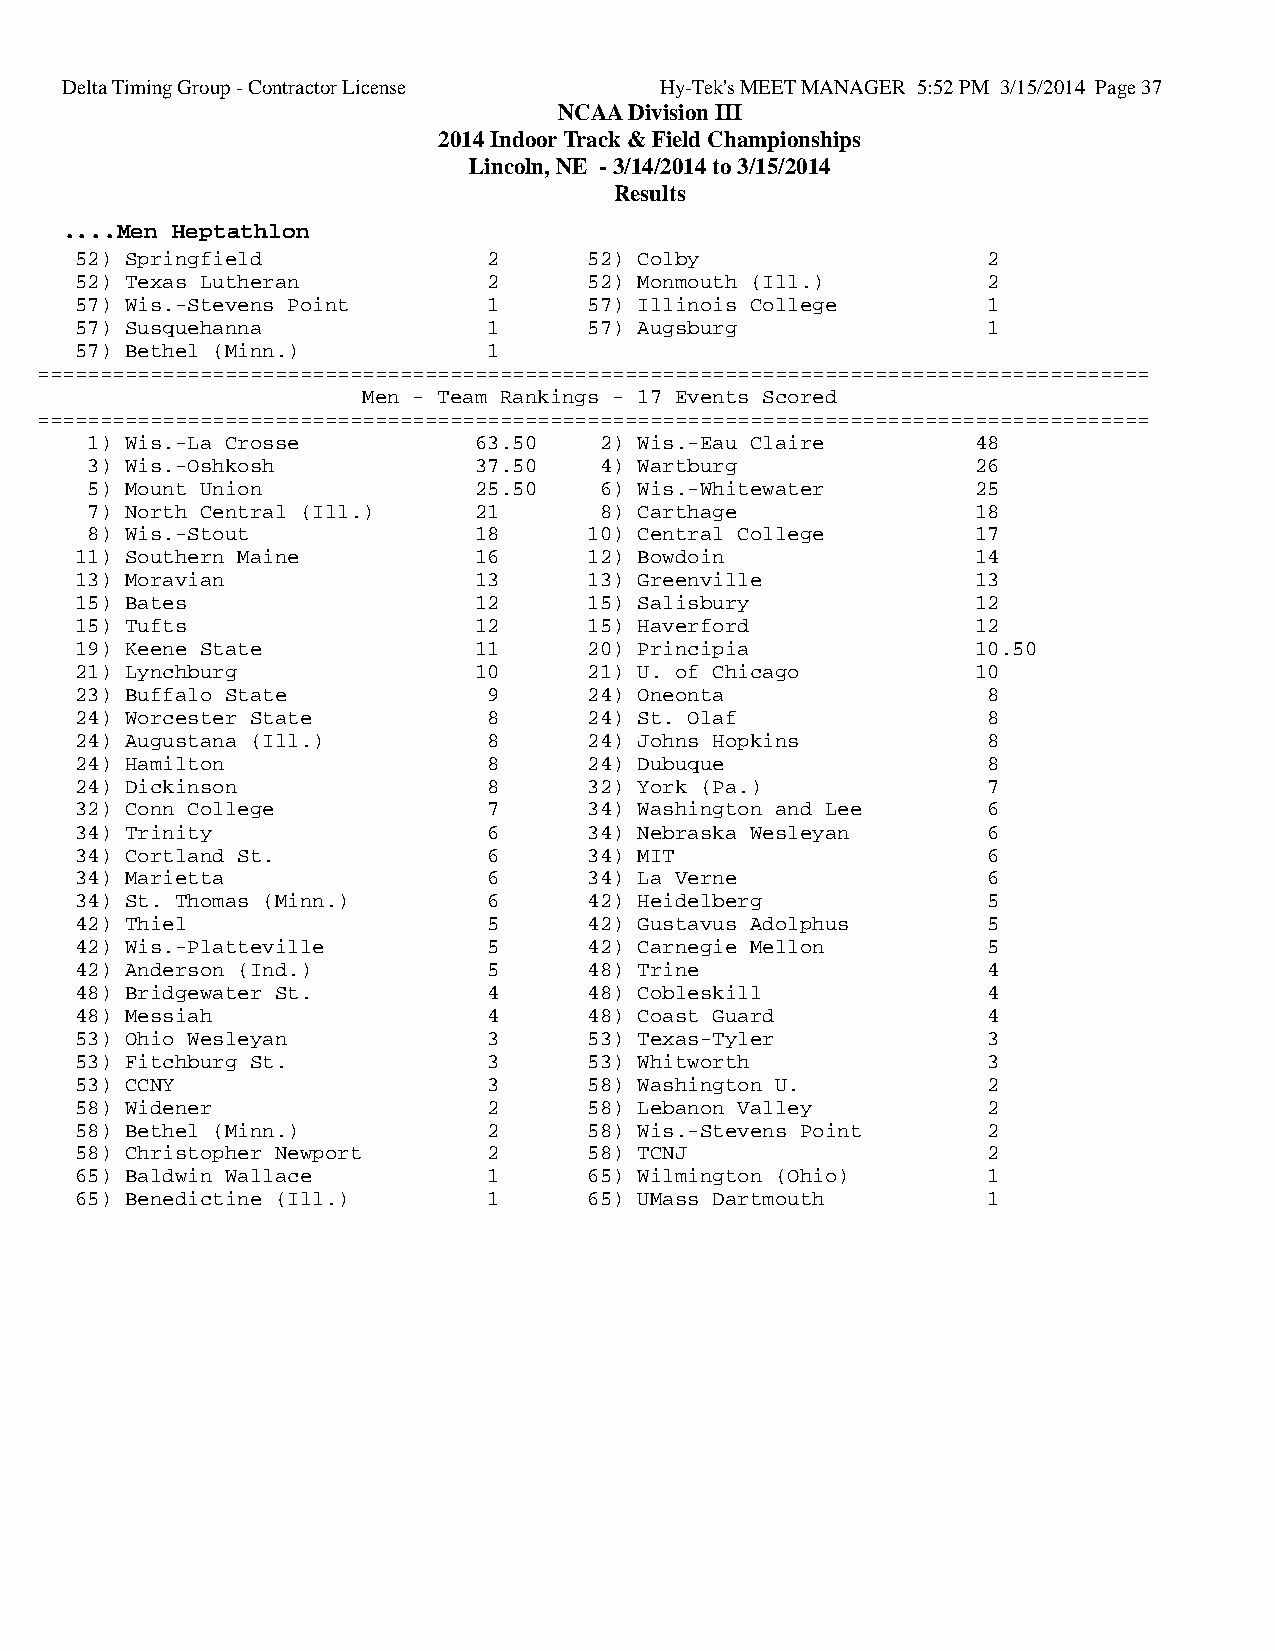
Delta Timing Group - Contractor License Hy-Tek's MEET MANAGER 5:52 PM 3/15/2014 Page 37
 NCAA Division III
 2014 Indoor Track & Field Championships
 Lincoln, NE - 3/14/2014 to 3/15/2014
 Results
 ....Men Heptathlon
 52) Springfield            2      52) Colby                 2
 52) Texas Lutheran         2      52) Monmouth (Ill.)       2
 57) Wis.-Stevens Point     1      57) Illinois College      1
 57) Susquehanna            1      57) Augsburg              1
 57) Bethel (Minn.)         1
 =========================================================================================
 Men - Team Rankings - 17 Events Scored
 =========================================================================================
 1) Wis.-La Crosse        63.50    2) Wis.-Eau Claire       48
 3) Wis.-Oshkosh          37.50    4) Wartburg              26
 5) Mount Union           25.50    6) Wis.-Whitewater       25
 7) North Central (Ill.)  21       8) Carthage              18
 8) Wis.-Stout            18      10) Central College       17
 11) Southern Maine        16      12) Bowdoin               14
 13) Moravian              13      13) Greenville            13
 15) Bates                 12      15) Salisbury             12
 15) Tufts                 12      15) Haverford             12
 19) Keene State           11      20) Principia             10.50
 21) Lynchburg             10      21) U. of Chicago         10
 23) Buffalo State          9      24) Oneonta               8
 24) Worcester State        8      24) St. Olaf              8
 24) Augustana (Ill.)       8      24) Johns Hopkins         8
 24) Hamilton               8      24) Dubuque               8
 24) Dickinson              8      32) York (Pa.)            7
 32) Conn College           7      34) Washington and Lee    6
 34) Trinity                6      34) Nebraska Wesleyan     6
 34) Cortland St.           6      34) MIT                   6
 34) Marietta               6      34) La Verne              6
 34) St. Thomas (Minn.)     6      42) Heidelberg            5
 42) Thiel                  5      42) Gustavus Adolphus     5
 42) Wis.-Platteville       5      42) Carnegie Mellon       5
 42) Anderson (Ind.)        5      48) Trine                 4
 48) Bridgewater St.        4      48) Cobleskill            4
 48) Messiah                4      48) Coast Guard           4
 53) Ohio Wesleyan          3      53) Texas-Tyler           3
 53) Fitchburg St.          3      53) Whitworth             3
 53) CCNY                   3      58) Washington U.         2
 58) Widener                2      58) Lebanon Valley        2
 58) Bethel (Minn.)         2      58) Wis.-Stevens Point    2
 58) Christopher Newport    2      58) TCNJ                  2
 65) Baldwin Wallace        1      65) Wilmington (Ohio)     1
 65) Benedictine (Ill.)     1      65) UMass Dartmouth       1